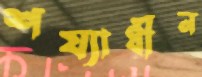
শয্যাধীন